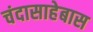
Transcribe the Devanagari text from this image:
चंदासाहेबास